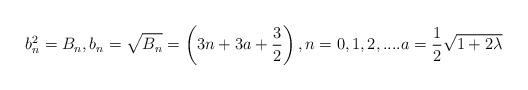
LaTeX: \begin{align*}b_{n}^{2}=B_{n} ,b_{n}=\sqrt{B_{n}}=\left( 3n + 3 a+\frac{3}{2} \right), n=0,1,2,.... a =\frac{1}{2} \sqrt{1+2\lambda } \end{align*}